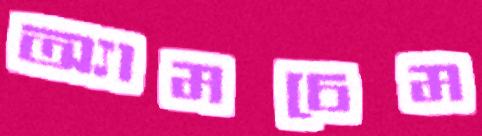
অ্যামচেম